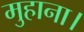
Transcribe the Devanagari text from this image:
मुहाना।